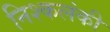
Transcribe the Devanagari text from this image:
निश्कलंकी